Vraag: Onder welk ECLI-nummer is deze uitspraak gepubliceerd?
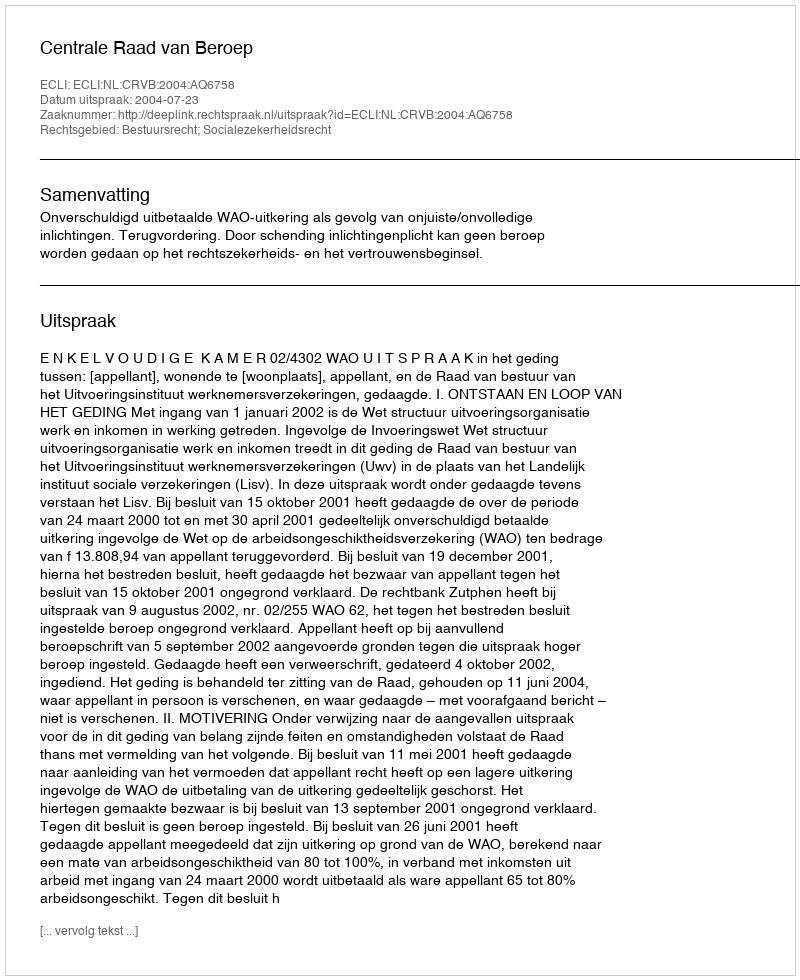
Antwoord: ECLI:NL:CRVB:2004:AQ6758